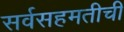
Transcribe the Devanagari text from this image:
सर्वसहमतीची